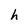
Character: h